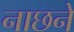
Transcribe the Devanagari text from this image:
नाछने